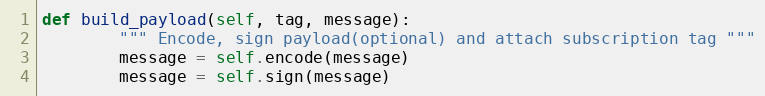
Language: Python
def build_payload(self, tag, message):
        """ Encode, sign payload(optional) and attach subscription tag """
        message = self.encode(message)
        message = self.sign(message)